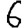
Digit: 6